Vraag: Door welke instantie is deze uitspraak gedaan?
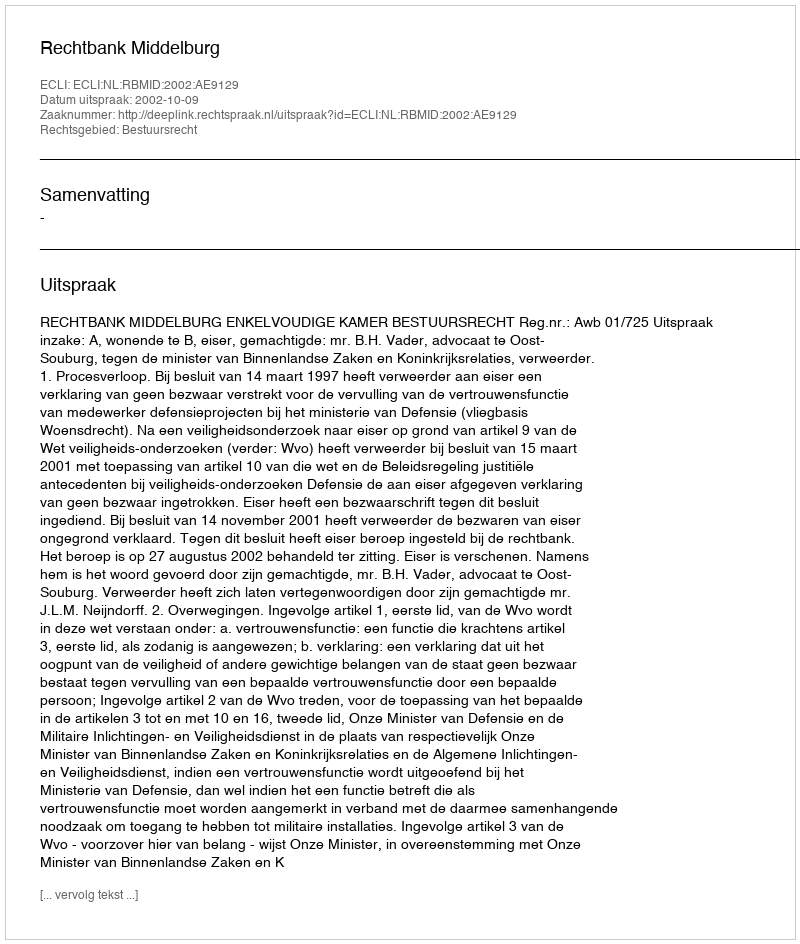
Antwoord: Rechtbank Middelburg